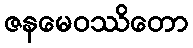
ဇနမေဝဿိတော